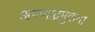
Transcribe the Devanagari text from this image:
अण्णाद्रमुकचा